Vaccination in Bombay 1889-1901 - 1889-1901
Year: 1889
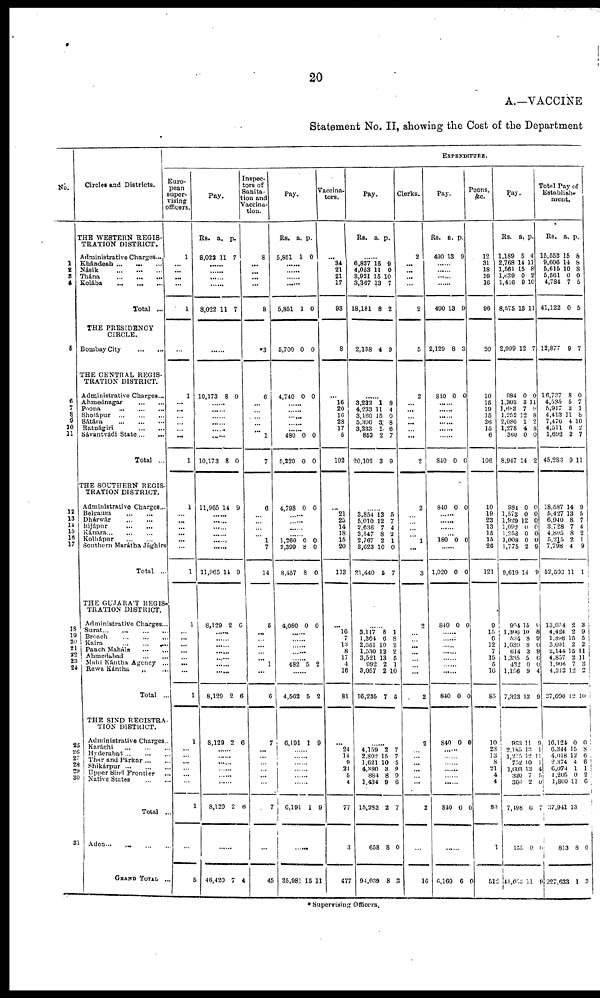
20
A.—VACCINE
Statement No. II, showing the Cost of the Department
No.
1
2
3
4
5
6 7
8 9
10
11
12
13 14
15 16
17
18
19 20
21
22
23
24
25
26
27
28
29
30
31
Circles and Districts.
THE WESTERN REGIS-
TRATION DISTRICT.
Administrative Charges...
Khándesh...
...
...
Násik
...
...
...
Thána
...
...
...
Kolába
...
...
...
Total ...
THE PRESIDENCY
CIRCLE.
Bombay City
...
...
THE CENTRAL REGIS-
TRATION DISTRICT.
Administrative Charges...
Ahmednagar
...
...
Poona
...
...
...
Sholápur
...
...
...
Sátára
...
...
...
Ratnágiri
...
...
Sávantvádi
State... ...
Total ...
THE SOUTHERN REGIS-
TRATION DISTRICT.
Administrative Charges...
Belgaum
...
...
Dhárwár
...
...
Bijápur ... ...
Kánara...
...
...
Kolhápur
...
...
Southern Marátha Jághirs
Total ...
THE GUJARÁT REGIS-
TRATION DISTRICT.
Administrative Charges...
Surat...
...
...
...
Broach
...
...
...
Kaira
...
...
...
Panch Maháls ... ...
Ahmedabad
...
...
Mahi Kántha Agency ...
Rewa Kántha ... ...
Total ..
THE SIND REGISTRA-
TION DISTRICT.
Administrative Charges...
Karachi
...
...
...
Hyderabad...
...
...
Thar and Párkar... ...
Shikárpur
...
...
...
Upper Sind Frontier ...
Native States
...
...
Total ...
Aden...
...
GRAND TOTAL ...
EXPENDITURE.
Euro-
pean
super-
vising
officers.
1
...
...
...
...
1
...
1
...
...
...
...
...
...
1
1
...
...
...
...
...
...
1
1
...
...
...
...
...
...
...
1
1
...
...
...
...
...
...
1
...
5
Pay.
Rs.
8,022
a.
11
p.
7
......
......
......
......
8,022 11 7
...
10,173 8 0
......
......
......
......
......
......
10,173 8 0
11,965 14 9
......
......
......
......
......
......
11,965 14 9
8,129 2 6
......
......
......
......
......
......
......
8,129 2 6
8,129 2 6
......
......
......
......
......
......
8,120 2 6
......
46,420 7 4
Inspec-
tors of
Sanita-
tion and
Vaccina-
tion.
8
...
...
...
...
8
3
6
...
...
...
...
...
1
7
6
...
...
...
...
1
7
14
5
...
...
...
...
...
1
...
6
7
...
...
...
...
...
...
7
...
45
Pay.
Rs.
5,851
a.
1
p.
0
......
......
......
......
5,851 1 0
5,700 0 0
4,740 0 0
......
......
......
......
......
480
5,220
0
0
0
0
4,798 0 0
......
......
......
......
1,260
2,399
8,457
0
8
8
0
0
0
4,080 0 0
......
......
......
......
......
482 5 2
......
4,562 5 2
6,191 1 9
......
......
......
......
......
......
6,191 1 9
......
35,981 15 11
Vaccina¬
tors.
...
84
21
21
17
93
8
6
16
20
16
28
17
5
102
...
21
25
14
18
15
20
113
...
16
7
13
8
17
4
16
81
...
24
14
9
21
5
4
77
3
477
Pay.
Rs. a. p.
......
6,837
4,053
3,921
3,367
18,181
15
11
15
13
8
9
0
10
7
2
2,138 4 9
......
3,233
4,233
3,160
5,390
3,233
852
20,102
1
11
15
3 1
2
3
8
4
0
8
6
7
9
......
3,854
5,010
2,636
3,547
2,767
3,623
21,440
13
12
7
8 2
10
5
5
7
4
2
1
0
7
......
3,117
1,364
2,651
1,530
3,521
992
3,057
16,235
8
6
10
12
13
2
2
7
1
8
2
2
5
1
10
5
......
4,159
2,802
1,621
4,380
884
1,434
15,283
658
94,039
2
15
10
3
8
9
2
8
8
7
7
5
9
9
6
7
0
3
Clerks.
2
...
...
...
...
2
5
2
...
...
...
...
...
...
2
2
...
...
...
...
1
...
3
2
...
...
...
...
...
...
...
2
2
...
...
...
...
...
...
2
...
16
Pay.
Rs.
490
a.
13
p.
9
......
......
......
......
490 13 9
2,129 8 3
840 0 0
......
......
......
......
......
......
840 0 0
840 0 0
......
......
......
......
180 0 0
......
1,020 0 0
840 0 0
......
......
......
......
......
......
......
840 0 0
840 0 0
......
......
......
......
......
......
840 0 0
......
6,160 6 0
Peons,
12
31
18
19
16
96
20
10
15
19
15
26
15
6
106
10
19
23
13
15
15
26
121
9
15
6
12
...
15
5
16
85
10
23
13
8
21
4
4
83
1
512
Pay.
Rs.
1,189
2,768
1,561
1,639
1,416
8,575
a.
5
14
15
0
9
13
p.
4
11
8
2
10
11
2,909 12 7
984
1,303
1,683
1,252
2,086
1,278
360
8,947
0
3
7
12
1
4
0
14
0
11
9
8
2
8
0
2
984
1,578
1,929
1,092
1,253
1,008
1,775
9,619
0
0
12 0
0
0
2
14
0
0
0
0
0
0
9
9
904
1,306
534
1,039
614
1,335
432
1,196
7,323
15
10
8
8
3
5 0
9
13
9
8
9
0
9
6
0
4
9
963
2,185
1,215
752
1,693
320
366
,498
155
45,060
11
12
12
10
13
7
2
6
0
11
9
1
11 1
4
5
0
7
0
9
Total Pay of
Establish-
ment.
Rs.
15,553
9,600
5,615
5,561
4,784
41,122
a.
15
14
10
0
7
0
p.
8
8
8
0
5
5
12,877 9 7
16,737
4,535
5,917
4,413
7,476
4,511
1,692
45,283
8
5
3
11
4
6
2
9
0
7 1
8
10
2 7
11
18,587
5,427
6,940
3,728
4,805
5,215
7,798
52,503
14
13
8
7
8
2
4
11
9
5
7
4
2
1
9
1
13,954
4,424
1,898
3,691
2,144
4,857
1,906
4,213
37,090
2
2 15
2 15
2
7 12
12
3
9
5
2
11
11
3
2
10
16,124
6,344
4,018
2,374
6,074
1,205
1,800
37,941
813
227,638
0
15
12
4
1
0
11
13
8
1
0
8
6
6
1
2
6
0
3
* Supervising Officers.